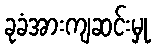
ခုခံအားကျဆင်းမှု